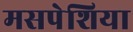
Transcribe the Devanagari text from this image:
मसपेशिया